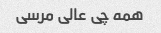
همه چی عالی مرسی